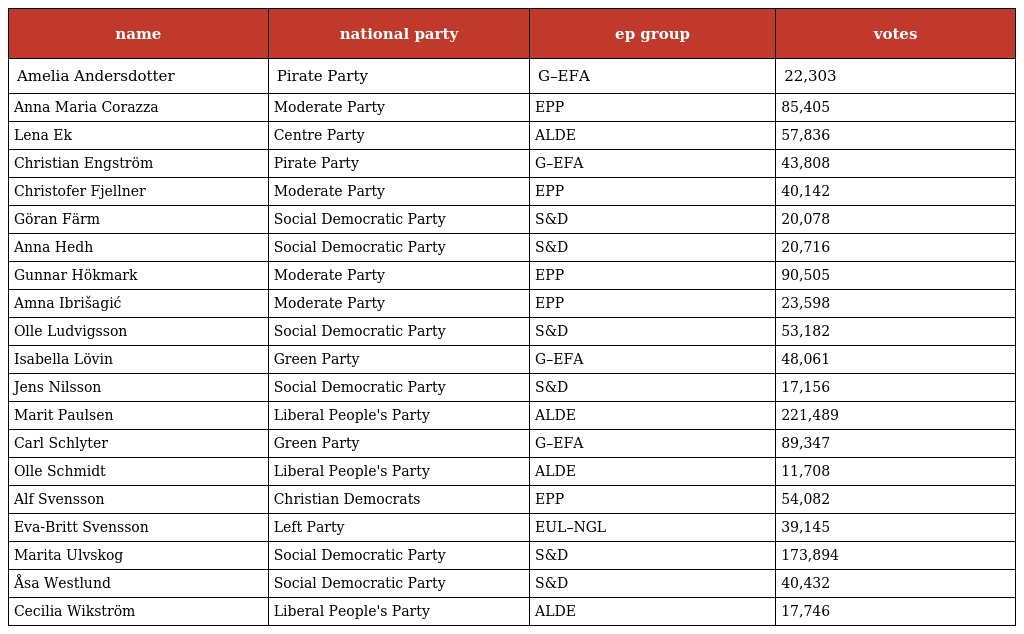
| name | national party | ep group | votes |
 | --- | --- | --- | --- |
 | Amelia Andersdotter | Pirate Party | G–EFA | 22,303 |
 | Anna Maria Corazza | Moderate Party | EPP | 85,405 |
 | Lena Ek | Centre Party | ALDE | 57,836 |
 | Christian Engström | Pirate Party | G–EFA | 43,808 |
 | Christofer Fjellner | Moderate Party | EPP | 40,142 |
 | Göran Färm | Social Democratic Party | S&D | 20,078 |
 | Anna Hedh | Social Democratic Party | S&D | 20,716 |
 | Gunnar Hökmark | Moderate Party | EPP | 90,505 |
 | Amna Ibrišagić | Moderate Party | EPP | 23,598 |
 | Olle Ludvigsson | Social Democratic Party | S&D | 53,182 |
 | Isabella Lövin | Green Party | G–EFA | 48,061 |
 | Jens Nilsson | Social Democratic Party | S&D | 17,156 |
 | Marit Paulsen | Liberal People's Party | ALDE | 221,489 |
 | Carl Schlyter | Green Party | G–EFA | 89,347 |
 | Olle Schmidt | Liberal People's Party | ALDE | 11,708 |
 | Alf Svensson | Christian Democrats | EPP | 54,082 |
 | Eva-Britt Svensson | Left Party | EUL–NGL | 39,145 |
 | Marita Ulvskog | Social Democratic Party | S&D | 173,894 |
 | Åsa Westlund | Social Democratic Party | S&D | 40,432 |
 | Cecilia Wikström | Liberal People's Party | ALDE | 17,746 |